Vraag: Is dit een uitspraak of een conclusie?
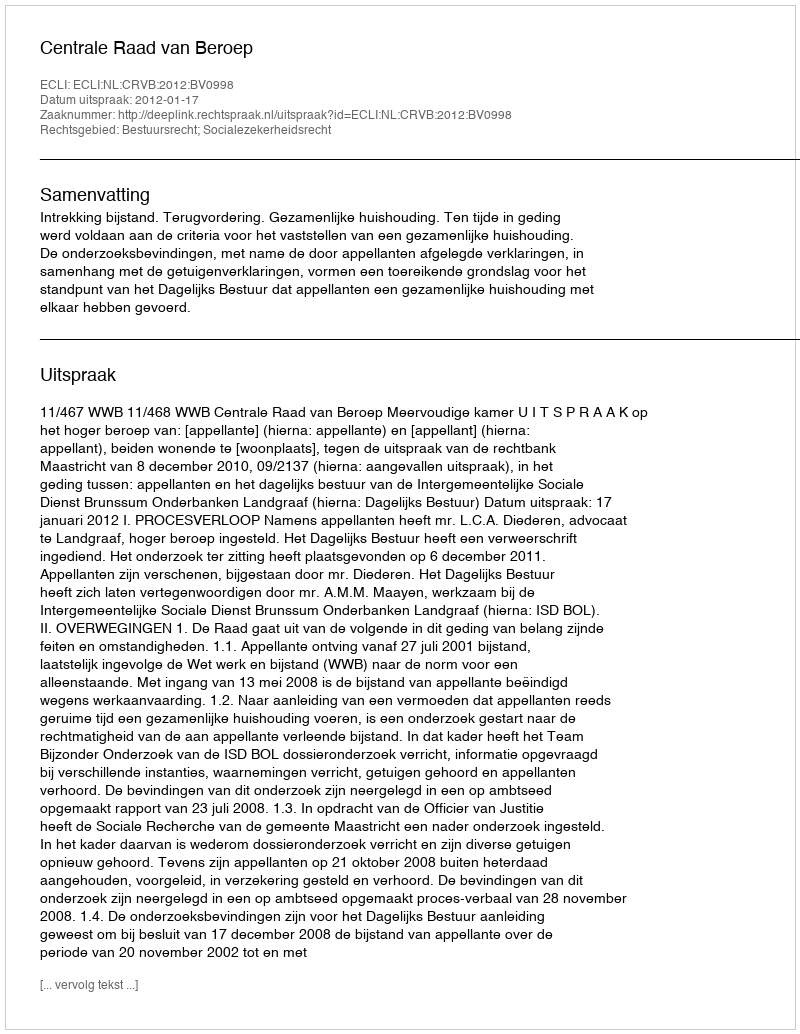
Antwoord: Uitspraak